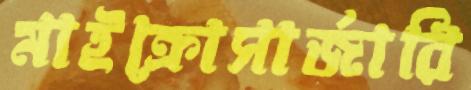
মাইক্রোসার্জারি